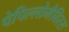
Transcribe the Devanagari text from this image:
पेपिल्लोमैविरस